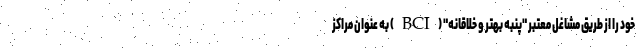
خود را از طریق مشاغل معتبر "پنبه بهتر و خلاقانه" (BCI) به عنوان مراکز